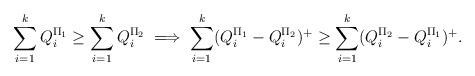
LaTeX: \begin{align*}\sum_{i=1}^k Q_i^{\Pi_1}\geq \sum_{i=1}^k Q_i^{\Pi_2}\implies\sum_{i=1}^{k}(Q_i^{\Pi_1}-Q_i^{\Pi_2})^+\geq\sum_{i=1}^{k}(Q_i^{\Pi_2}-Q_i^{\Pi_1})^+.\end{align*}